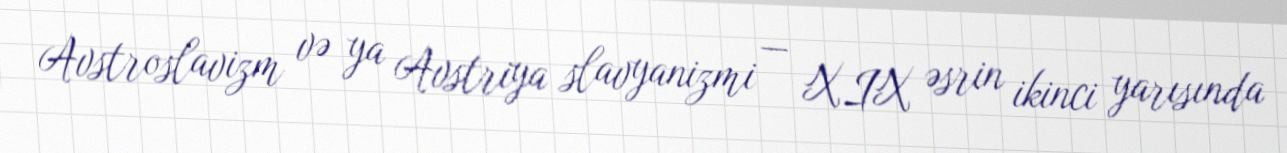
Avstroslavizm və ya Avstriya slavyanizmi — XIX əsrin ikinci yarısında